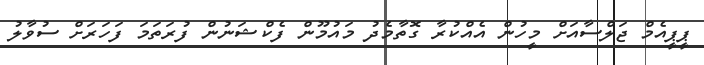
ޕީޕީއެމް ޖަލްސާއަށް މީހުން އެއްކުރާ ގޮތާމެދު މައުމޫން ފެކްޝަނުން ފުރަތަމަ ފަހަރަށް ސުވާލު